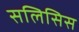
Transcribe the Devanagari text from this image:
सलिसिस